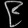
Digit: ၉